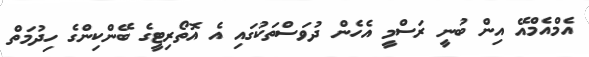
އެމްއެމްއޭ އިން ބުނީ ރަސްމީ އެހެން ދުވަސްތަކުގައި އެ އޮތޯރިޓީގެ ބޭންކިންގެ ހިދުމަތް